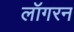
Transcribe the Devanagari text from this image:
लॉगरन